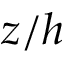
z / h